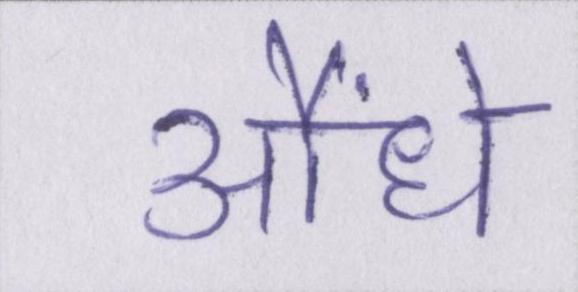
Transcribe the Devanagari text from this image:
औंधे